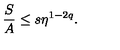
{ \frac { S } { A } } \leq s \eta ^ { 1 - 2 q } .